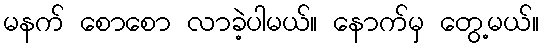
မနက် စောစော လာခဲ့ပါမယ်။ နောက်မှ တွေ့မယ်။